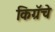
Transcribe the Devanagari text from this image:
किग्रॅचे